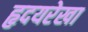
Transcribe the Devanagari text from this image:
हृदयरेखा